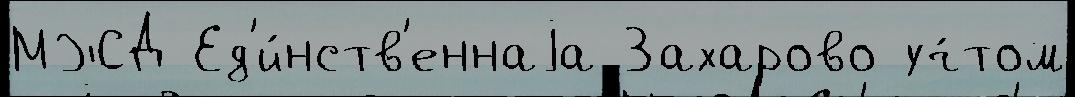
МЖД Ед'и́нств'еннаjа Захарово уч́том